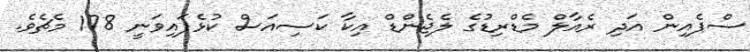
ސްޕެއިން އަދި ރެއާލް މެޑްރިޑުގެ ލެޖެންޑް އިކާ ކަސިއަސް ކުޅެފައިވަނީ 178 މެޗެވެ.